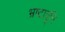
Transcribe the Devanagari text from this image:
भ्रष्टावूनि